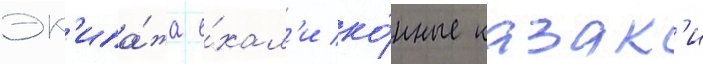
эк'ипа́жа е́хал'и ко́нные казак'и